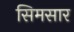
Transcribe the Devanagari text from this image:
सिमसार